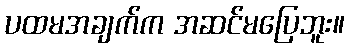
ပထမအချက်က အဆင်မပြေဘူး။